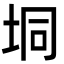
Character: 垌